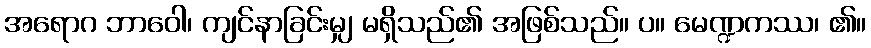
အရောဂ ဘာဝေါ၊ ကျင်နာခြင်းမျှ မရှိသည်၏ အဖြစ်သည်။ ပ။ မေဏ္ဍကဿ၊ ၏။